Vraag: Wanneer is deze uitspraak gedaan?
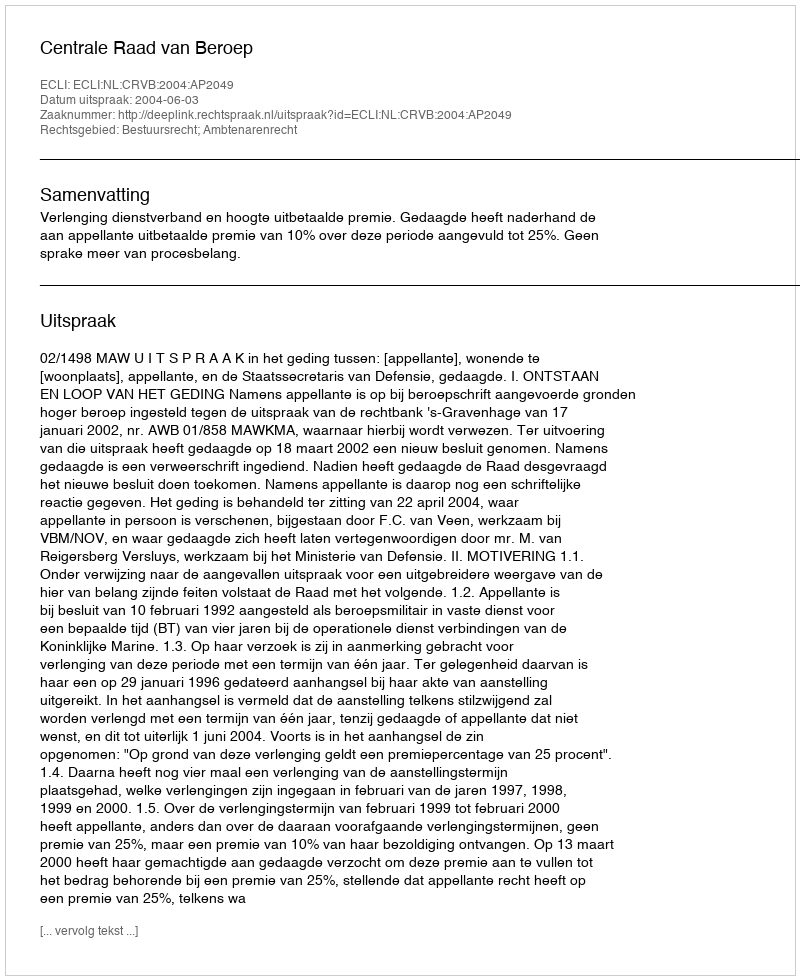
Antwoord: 2004-06-03